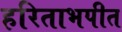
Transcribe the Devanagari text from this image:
हरिताभपीत